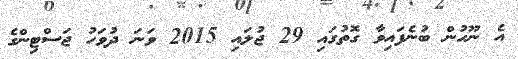
އެ ނޫހުން ބުނެފައިވާ ގޮތުގައި 29 ޖުލައި 2015 ވަނަ ދުވަހު ޖަސްޓިންގެ